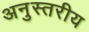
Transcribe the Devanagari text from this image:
अनुस्तरीय